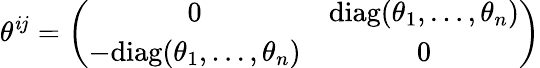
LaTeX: \theta^{\mathit{i}j}=\left(\begin{array}{cc}{{0}}&{{\mathrm{diag}(\theta_{1},\dots,\theta_{n})}}\\ {{-\mathrm{diag}(\theta_{1},\dots,\theta_{n})}}&{{0}}\end{array}\right)